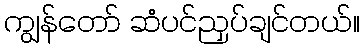
ကျွန်တော် ဆံပင်ညှပ်ချင်တယ်။